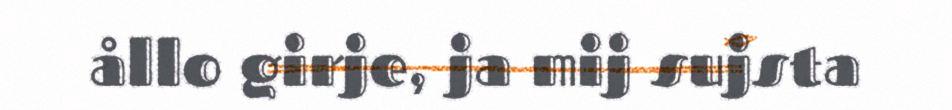
ållo girje, ja mij sujsta